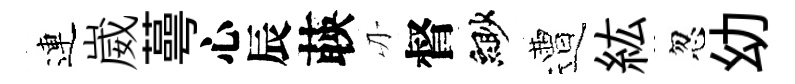
連崴蕚心辰𦴤刃督緲遭紘忽幼